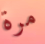
مرة